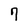
Character: 7